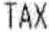
TAX